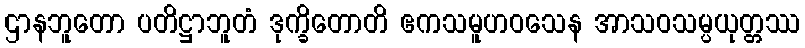
ဌာနဘူတော ပတိဋ္ဌာဘူတံ ဒုက္ခိတောတိ ဧကသမူဟဝသေန အာသဝသမ္ပယုတ္တဿ